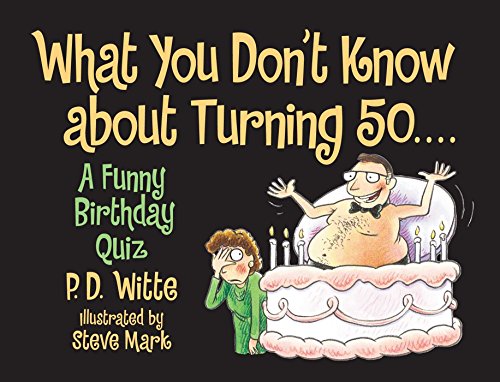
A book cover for What You Don't Know About Turning  50; Phil Witte; Humor & Entertainment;